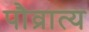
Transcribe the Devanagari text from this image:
पौव्रात्य